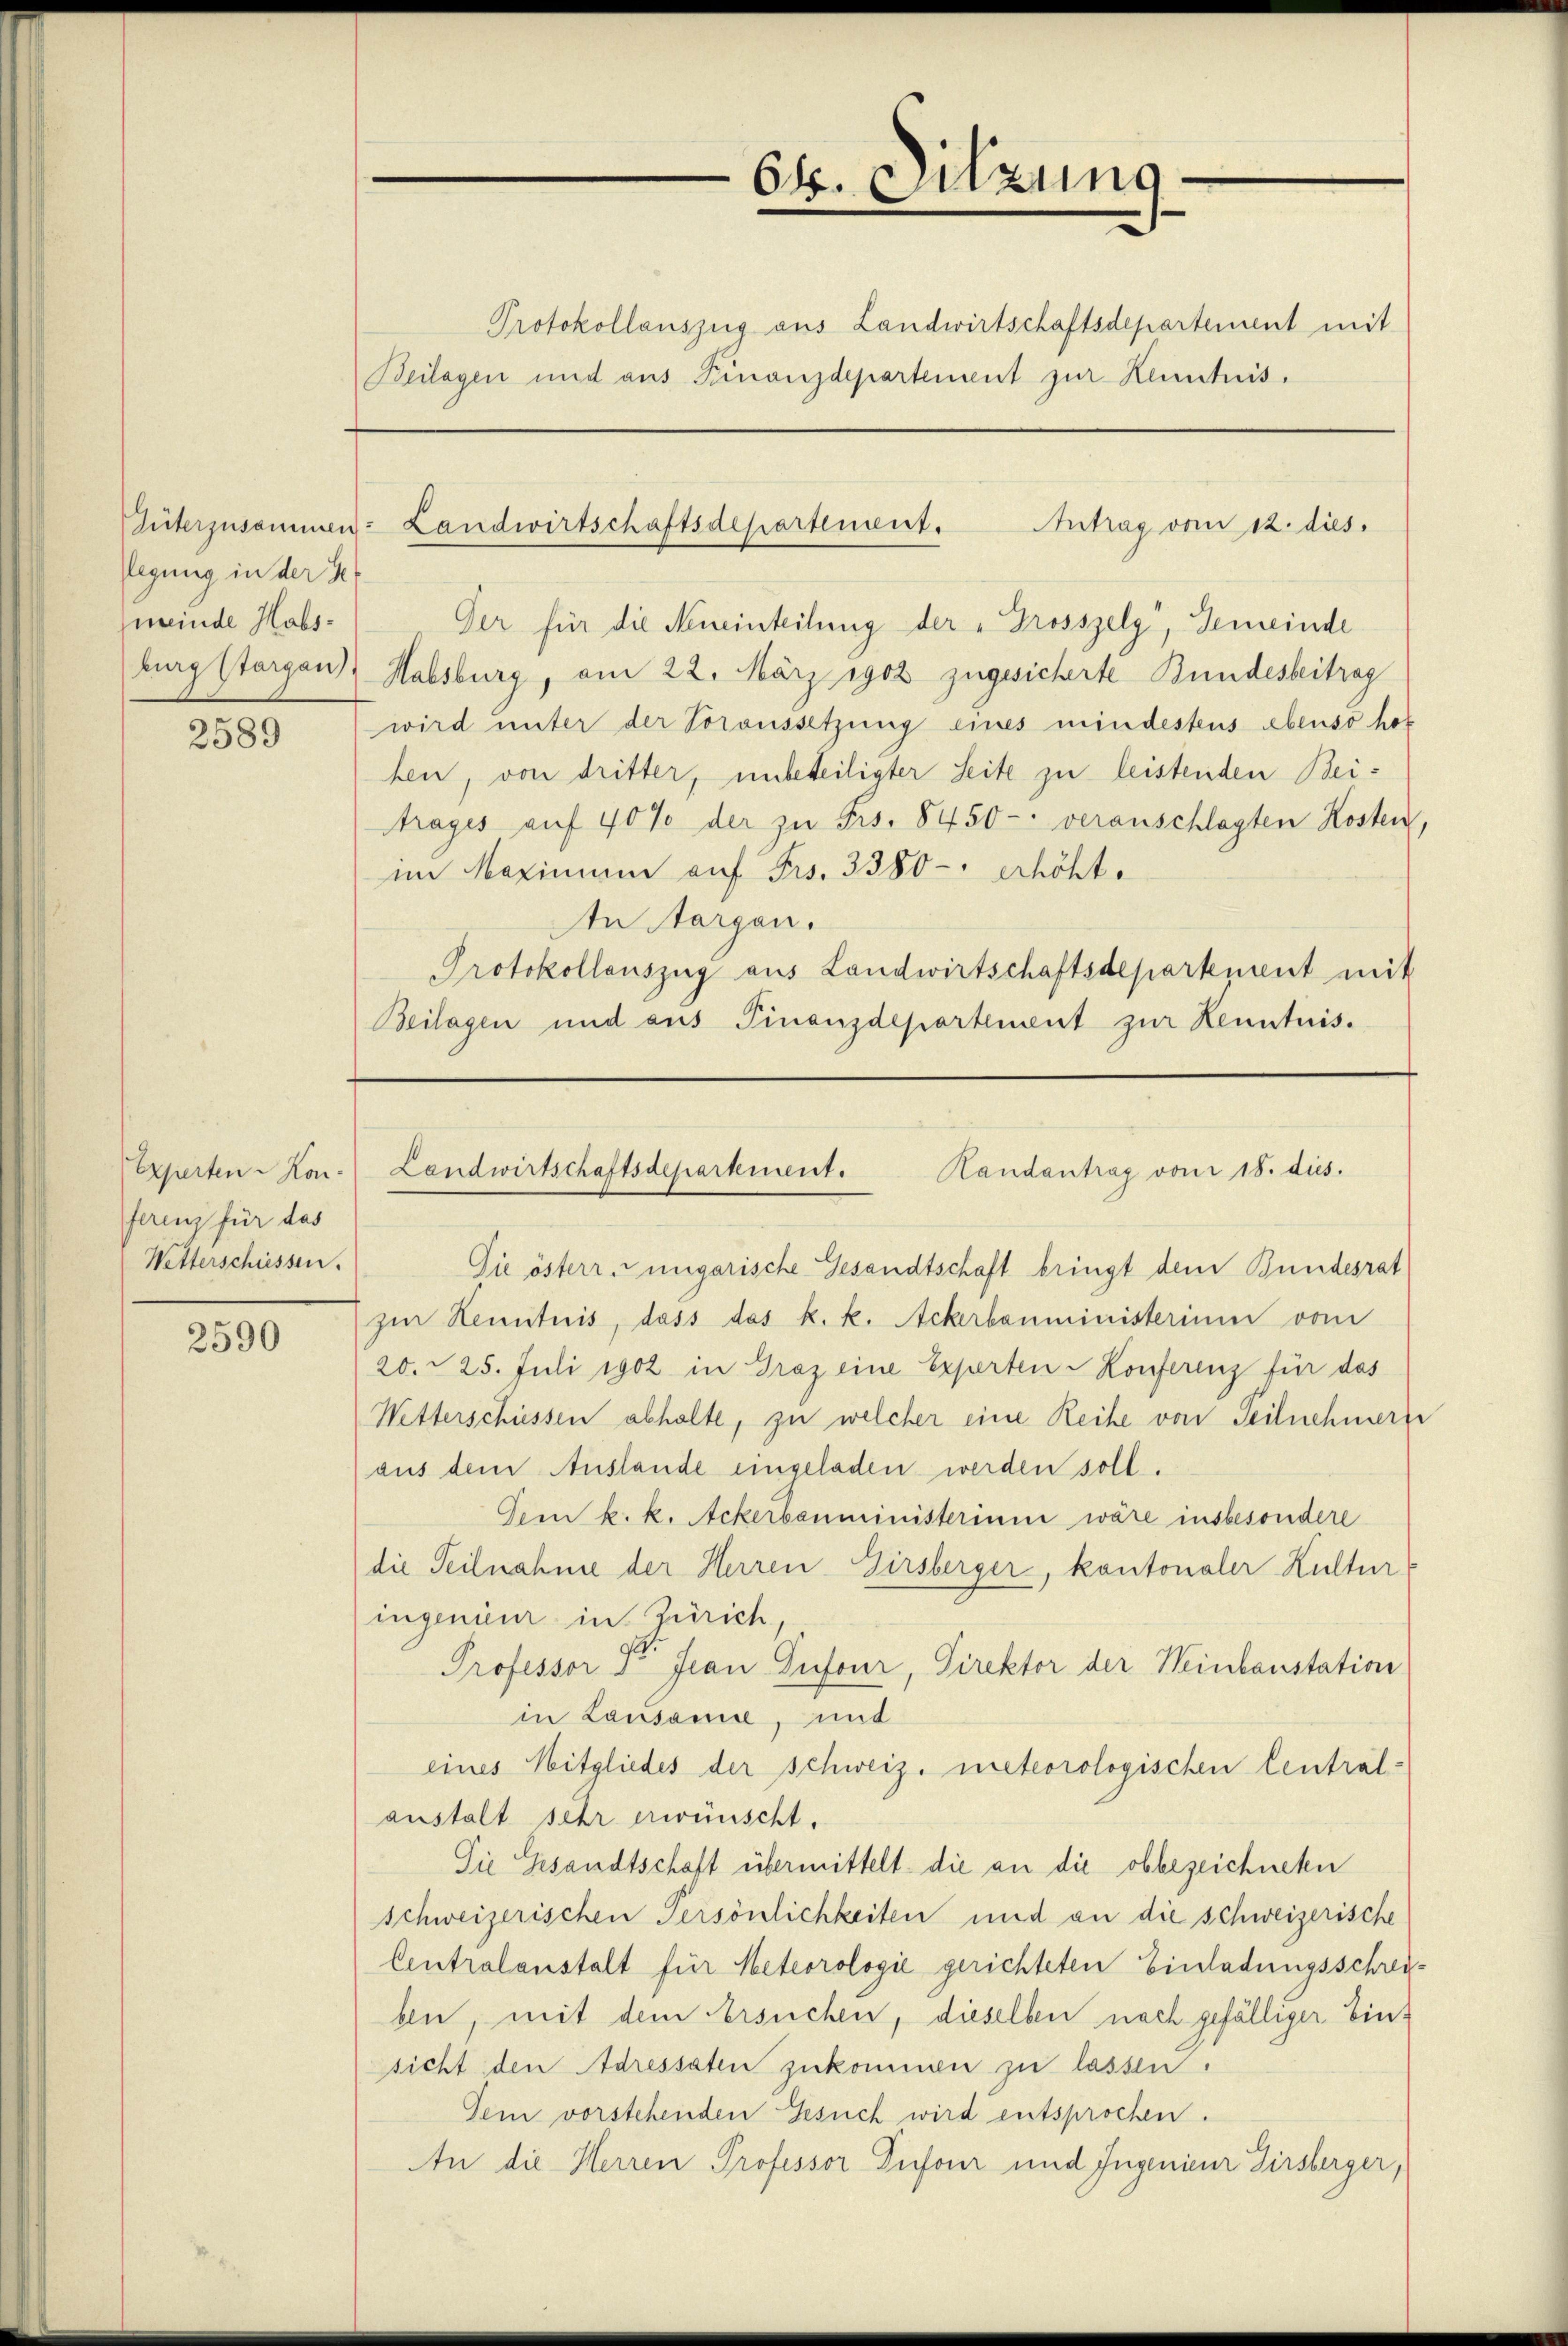
Güterzusammen
legung in der St
meinde Habsburg stargau.

2589

Experten Kon-
ferenz für das
Wetterschüssen.

2590

Beilagen und aus Finanzdepartement zur Kenntnis.

Der für die Memeinteilung der „Grosszelg", Gemeinde
Habsburg, am 22. März 1902 zugesicherte Bundesbeitrag
wird unter der Voraussetzung eines mindestens ebenso hof
ben, von dritter, unbeteiligter Seite zu leistenden Beitrages auf 40% der zu Frs. 8450- veranschlagten Kosten,
im Maximum auf Frs. 3380 - erhöht.
In organ.
Protokollauszug aus Landwirtschaftsdepartement mit
Beilagen und aus Finanzdepartement zur Kenntnis.

Die österr. ungarische Gesandtschaft bringt dem Bundesrat
zur Kenntnis, dass das k. k. Ackerbanministerium vom
20. 25. Juli 1902 in Graz eine Experten Konferenz für das
Witterschiessen abhalte, zu welcher eine Reihe von Teilnehmer
aus dem Auslande eingeladen werden soll.
Dem k. k. Ackerbanministerium wäre insbesondere
die Teilnahme der Herren Girsberger, kontonaler Kultur
ingenieur in Zürich,
Professor Dr. Jean Dufour, Direktor der Weinbaustation
in Lausanie, mit
eines Mitgliedes der schweiz. meteorologischen Centralanstalt sehr erwünscht.
Die Gesandtschaft übermittelt die an die obbezeichneten
schweizerischen Persönlichkeiten und an die schweizerische
Centralanstalt für Meteorologie gerichteten Einladungsschreiben, mit dem Ersuchen, dieselben nach gefälliger Einsicht den Adressaten zukommen zu lassen.
Dem vorstehenden Gesuch wird entsprochen.
An die Herren Professor Dufour und Ingenieur Girsberger,

64. Sitzung

Protokollauszug aus Landwirtschaftsdepartement mit

Landwirtschaftsdepartement. Antrag vom 12. dies

Landwirtschaftsdepartement.
Randantrag von 18. dies